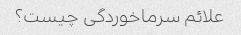
علائم سرماخوردگی چیست؟